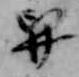
舁